Papers set at the Examination for Leaving Certificates, 1894
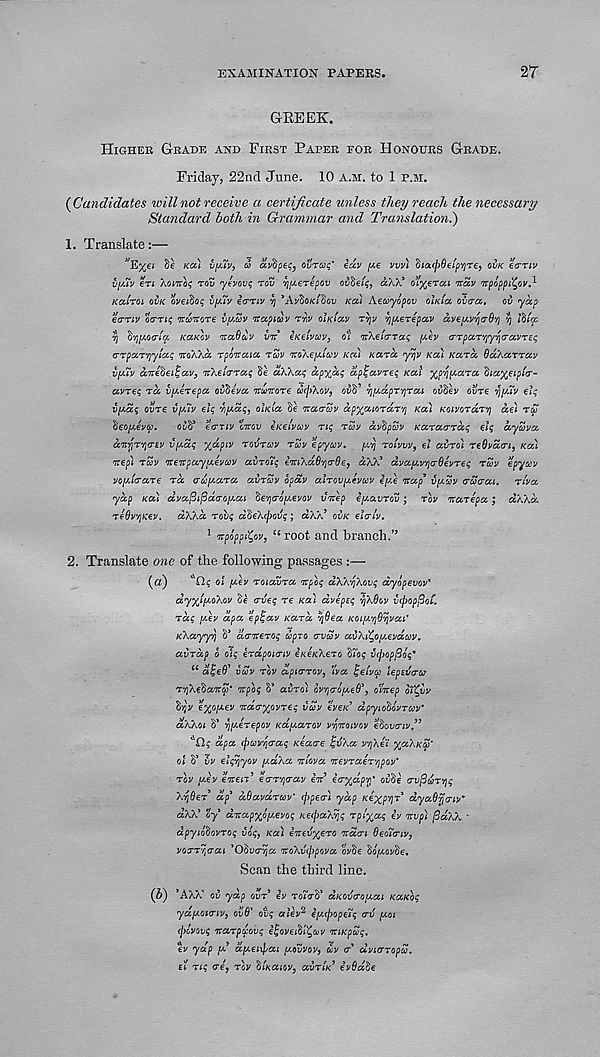
EXAMINATION PAPERS.
2T
GrBEEK.
Higher Grade and First Paper for Honours Grade.
Friday, 22nd June. 10 a.m. to 1 p.m.
{Candidates will not receive a certificate unless they reach the necessary
Standard both in Grammar and Translation^)
1. Translate:—
,/ E%e<
KoCi vfiv, a* avbpeq, ovraq' iav pe vvvl ^lacpBeip^re, ovk ecrnu
iifiv eri XoiTtoq rov yivovq rov vj^erepov ov^eiq, aXX* ofyerca nciv npoppi'^ov^-
kccItol ovk oveiboq vfiv io-riv 7] ’AvSo/c/Sou kcc) Aeuyopov oIkicc ova a. ov yccp
eariv oariq nconore vy.av irapiav rw oikiccv rvjv Tjyerepav aveyvqaBrj vj thiqc
vj fyyocn'cc kcckcv naBav vtt eKeivcov, Oi ’Kketmaq y.ev arpar'/jy^accvreq
arpccT'/iyiaq iroXXa rporaia rZv rtoXeyicov Kai kcctcc yvjv kcc) Kara, BaXarrccv
v[mv ccTte^ei^aVy nXelarccq Se aXXccq ccpxhq aptavreq kcci fyp'faara dicc%€ipi<r-
avreq rcc vyerepcc ovfieva nvuivore ai(])Xov 9 ov'"’ vjydprYjrca ovtiev ovre vjyuv elq
vyaq ovre vyiv elq vyccq, oIkico he ncco-av ap^cuorccr'/j Kai Koivordrv) dei rS
heoyevcc. ovtf €<ttiv Girev eKelvav nq rcav dvhpSv Karaardq elq dyava
anyrYitrev vydq %dpiv rotfrcov ruv epyeev. y'/j rolvvv, el avro) reBvdai, Ka)
irep) rZv ireirpayyeveov avroiq imXdByjaBe, dXX* dvayv'/jaBevreq ruv epyccv
voyicrare rd adyara aiircov opdv alrovyevcov eye irap vywv acocrai. n'va
ydp Ka) dvaftifidcroyai he'/jeroyevov virep eyavrov; rov irarepa; dXXd.
reBvvjKev. dXXd rovq dheXcpovq; dXX 9 ovk elcri'v.
1 irpoppfyv, “ root and branch.’ 5
2. Translate one of the following passages :—
{d) C 'Qq oi yev roiavra irpoq dXXyXovq dyopevov*
dyylyoXov Se erveq re Ka) dvepsq vjXBov v(pop(3o£ r
rdq yev dpa epijav Kara ’/jBea KOiy'fjBrjvai'
KXayyvi S* daireroq upro avcov avXi^oyevdcov r
avrdp o olq erdponriv eK€KXero hioq v(l)op(3oq*
66 dlqeB' vuv rov apicrrov, 'Iva ijeiva leoedaur
rYjXehaira* irpoq 8* avro) ovrjaoyeB’, dlirep oTC-uv
h-ijv €%oyev irdcrxovreq vuv eveK dpyiohovruv'
aXXoi 8’ Yjyerepov Kayarov v r /jiroivov ehovaiv.”
A Clq dpa (pcov^aaq Keacre IqvXa v'/jXei %aXKS) m
ol 8’ vv elqvjyov yaXa iriova irevraer'/jpov’
rov yev eiren’ ear'/jerav eid eaxdprf ovhe av^urvjq
XyBer dp* dBavdrcov’ (ppecr) ydp K^xp'/jr* dyaBrjaiv*
aXX 3 ty dirapxoyevoq KeepaXvjq rply^aq ev irvp) fiaXX '
dpyiohovroq voq, Ka) eirevxero irdcri Beoiaiv,
voar^aai ’Odvaija iroXv(j)pova ov8e hoyovhe.
Scan the third line.
{b) *AXX' ov yap ovr ev roTah' aKO^aoyai KaKoq
ydyotaiv, ovB' ovq alev 2 ey(f)opeTq av yot
(povovq irarpdovq e^oveihl^uv iriKpuq.
ev ydp y y dyei\pai yovvov, uv a dvicrropu.
£t riq ere, rov hUaiov, avrtK evBdde